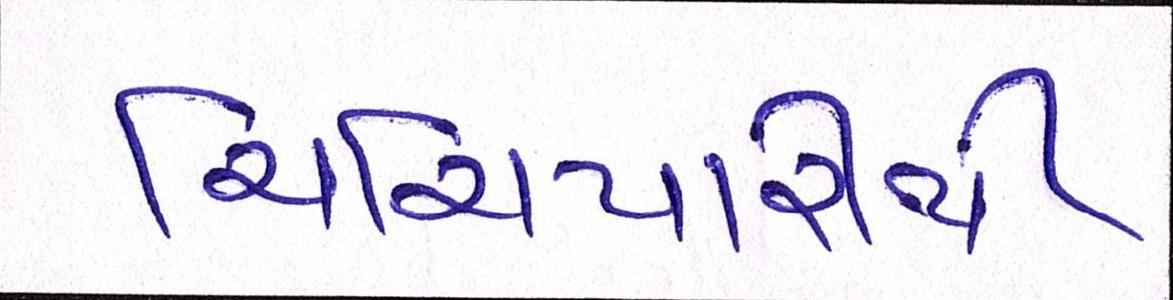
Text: ચિચિયારીથી